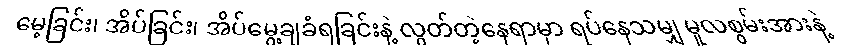
မေ့ခြင်း၊ အိပ်ခြင်း၊ အိပ်မွေ့ချခံရခြင်းနဲ့ လွတ်တဲ့နေရာမှာ ရပ်နေသမျှ မူလစွမ်းအားနဲ့